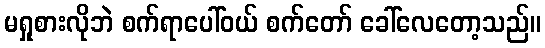
မရှုစားလိုဘဲ စက်ရာပေါ်ဝယ် စက်တော် ခေါ်လေတော့သည်။